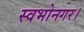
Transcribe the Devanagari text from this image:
स्वभोनगर।